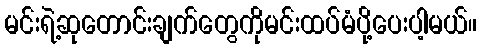
မင်းရဲ့ဆုတောင်းချက်တွေကိုမင်းထပ်မံပို့ပေးပါ့မယ်။